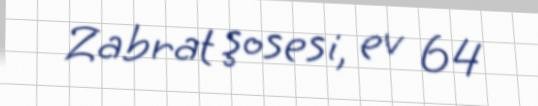
Zabrat şosesi, ev 64